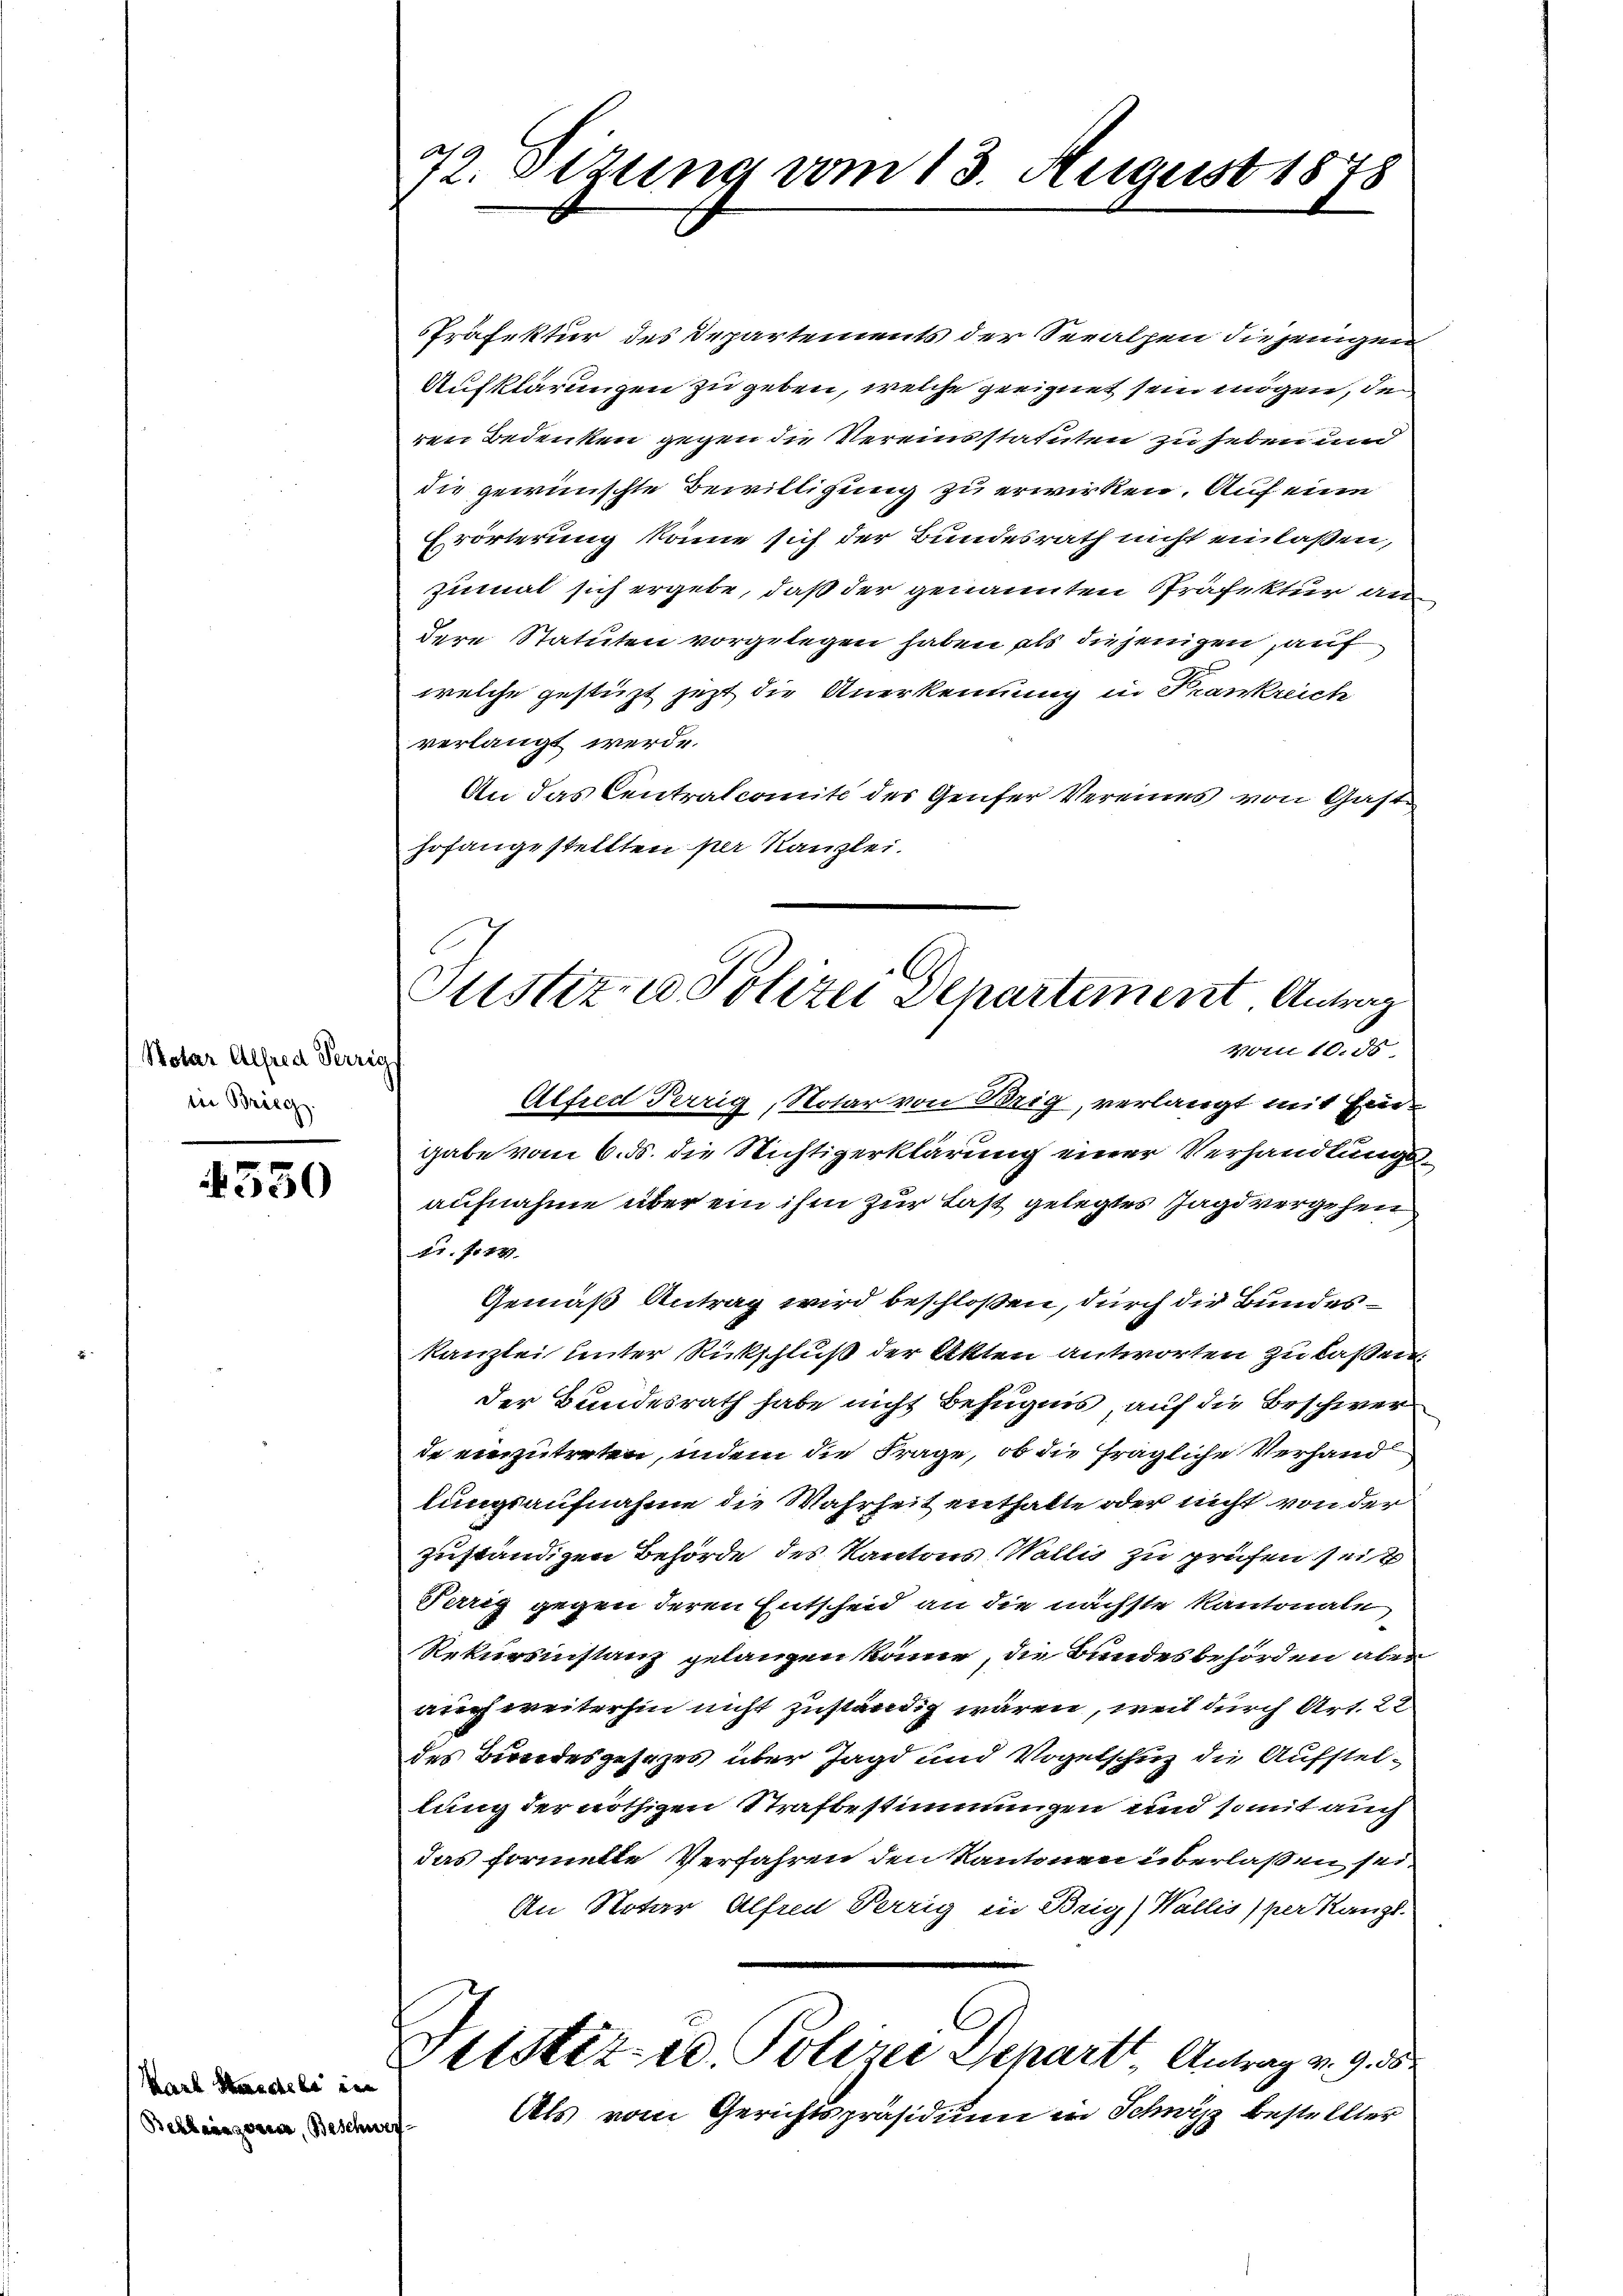
Rotar Alfred Verzig
ser Brieg.

550

Karl Herschehe ein
Behlaissance, Beschwer

Präfektur des Departements der Seealpen diejenigen
Aufklärungen zu geben, welche geeignet sein mögen, de
ren Bedenken gegen die Vereinsstatuten zu heben und
die gewünschte Bewilligung zu erwirken. Auf eine
Erörterung könne sich der Bundesrath nicht einlaßen,
zumal sich ergebe, daß der genannten Präfektur an
dere Statuten vorgelegen haben als diejenigen, auf
welche gestüzt jetzt die Anerkennung in Frankreich
verlangt werde.
An das Centralcomite des Genfer Vereines von Gasthofangestellten per Kanzlei.

Alfred Perrig, Notar von Brig, verlangt mit Eingabe vom 6. ds. die Richtigerklärung einer Verhandlungsaufnahme über ein ihm zur Last gelegtes Jagd vergehen
11. No 14.
Gemäß Antrag wird beschloßen, durch die Bundeskanzlei unter Rückschluß der Akten antworten zu laßen.
der Bundesrath habe nicht Befugnis, auf die Beschwer
de einzutreten, indem die Frage, ob die fragliche Verhand
lungsaufnahme die Wahrheit enthalte oder nicht von der
zuständigen Behörde des Kantons Wallis zu prüfen seit
Trig gegen deren Entscheid an die nächste Kantonale
Rekursinstanz gelangen könne, die Bundesbehörden aber
auch weiterhin nicht zuständig wären, weil durch Art. 22
des Bundesgesezes über Jagd und Vogelschuz die Aufstellung der nöthigen Strafbestimmungen und somit auch
das formelle Verfahren den Kantonen überlassen sei.
An Notar Alfren Verrig in Beig) Wallis per Kanz-
Bitstiz- u. Polizei Scharts Antrag v. 9.
Als vom Gerichtspräsidium in Schwyz bestellter

72. Sitzung vom 13. August 1878

C
Justiz- u Polizei Departement Antrag
Vom 10. 15